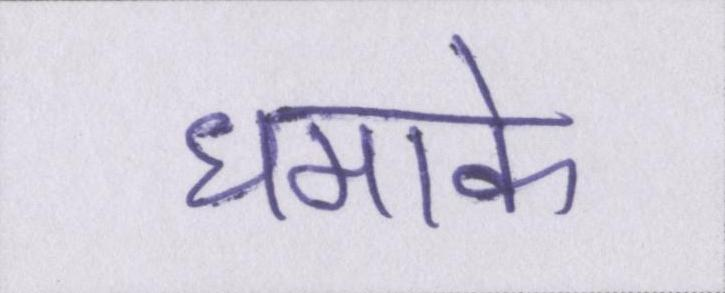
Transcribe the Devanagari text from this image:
धमाके